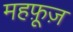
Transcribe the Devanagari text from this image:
महफ़ूज़